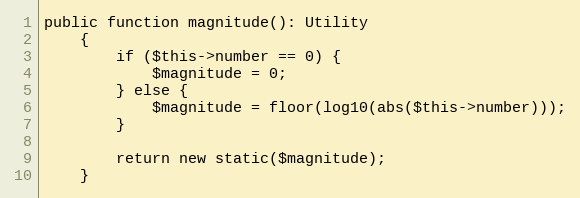
Language: PHP
public function magnitude(): Utility
    {
        if ($this->number == 0) {
            $magnitude = 0;
        } else {
            $magnitude = floor(log10(abs($this->number)));
        }

        return new static($magnitude);
    }